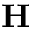
\mathbf { H }